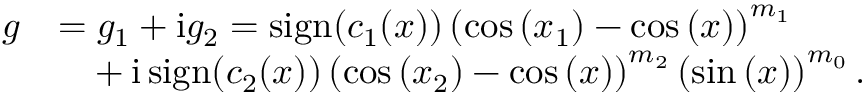
\begin{array} { r l } { g } & { = g _ { 1 } + \mathrm { i } g _ { 2 } = \operatorname { s i g n } ( c _ { 1 } ( x ) ) \left( \cos { ( x _ { 1 } ) } - \cos { ( x ) } \right) ^ { m _ { 1 } } } \\ & { \phantom { = } + \mathrm { i } \operatorname { s i g n } ( c _ { 2 } ( x ) ) \left( \cos { ( x _ { 2 } ) } - \cos { ( x ) } \right) ^ { m _ { 2 } } \left( \sin { ( x ) } \right) ^ { m _ { 0 } } . } \end{array}